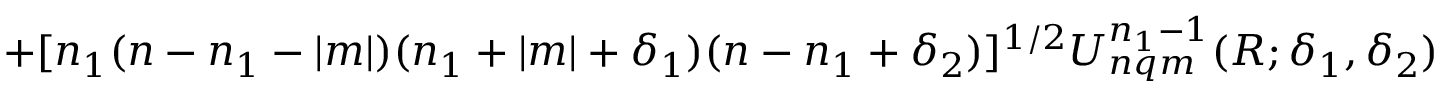
+ [ n _ { 1 } ( n - n _ { 1 } - | m | ) ( n _ { 1 } + | m | + \delta _ { 1 } ) ( n - n _ { 1 } + \delta _ { 2 } ) ] ^ { 1 / 2 } U _ { n q m } ^ { n _ { 1 } - 1 } ( R ; \delta _ { 1 } , \delta _ { 2 } )